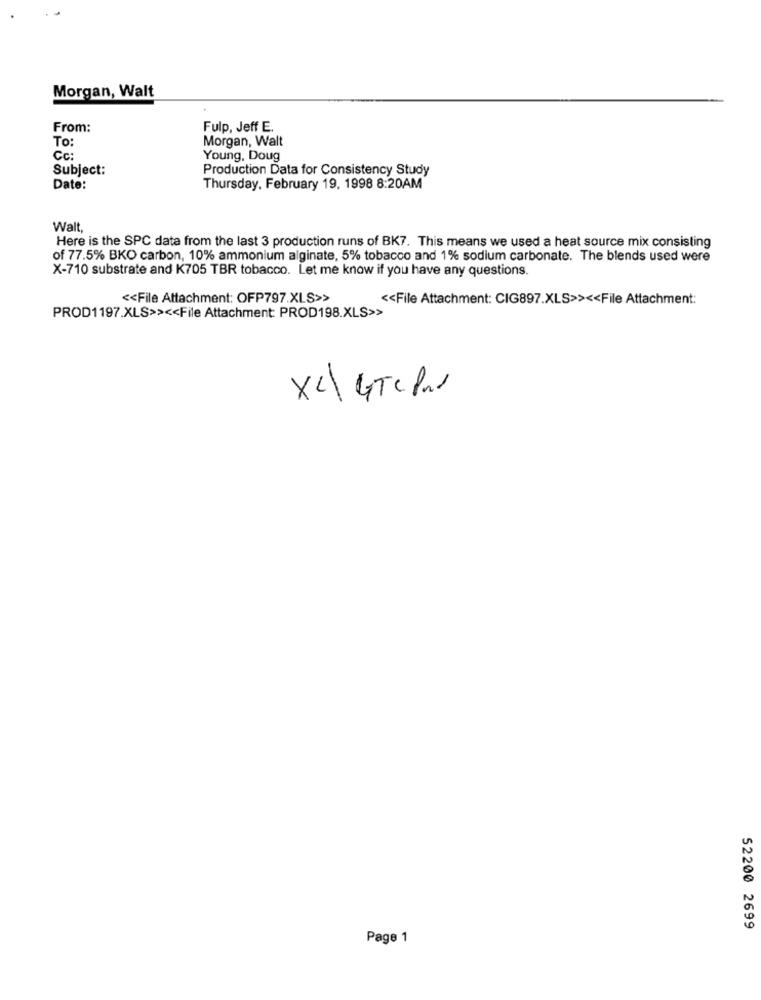
Morgan, Walt
From:
Fulp, Jeff E.
To:
Morgan, Walt
Cc:
Young, Doug
Subject:
Production Data for Consistency Study
Date:
Thursday, February 19, 1998 8:20AM
Walt,
Here is the SPC data from the last 3 production runs of BK7. This means we used a heat source mix consisting
of 77.5% BKO carbon, 10% ammonium alginate, 5% tobacco and 1% sodium carbonate. The blends used were
X-710 substrate and K705 TBR tobacco. Let me know if you have any questions.
<< File Attachment: OFP797.XLS>>
<< File Attachment: CIG897.XLS>> << File Attachment:
PROD1197.XLS>> << File Attachment: PROD198.XLS>>
XL GTC Par
52200 2699
Page 1